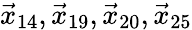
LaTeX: \vec{x}_{14},\vec{x}_{19},\vec{x}_{20},\vec{x}_{25}